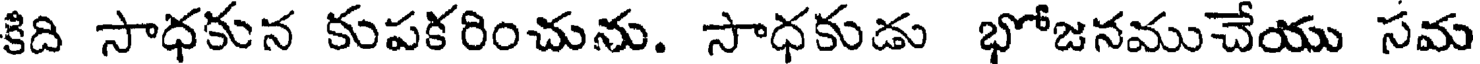
కిది సాధకున కుపకరించును. సాధకుడు భోజనముచేయు సమ